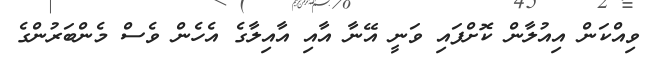
ވިއްކަން އިއުލާން ކޮށްފައި ވަނީ އޭނާ އާއި އާއިލާގެ އެހެން ވެސް މެންބަރުންގެ